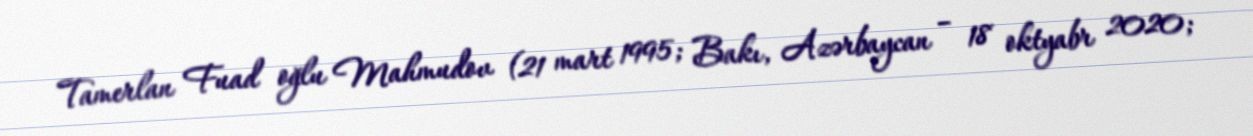
Tamerlan Fuad oğlu Mahmudov (21 mart 1995; Bakı, Azərbaycan – 18 oktyabr 2020;